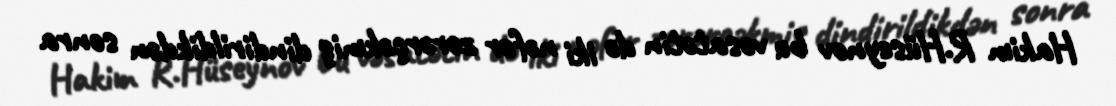
Hakim R.Hüseynov bu vəsatətin də iki nəfər zərərçəkmiş dindirildikdən sonra